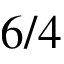
6 / 4